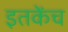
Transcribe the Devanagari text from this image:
इतकेंच